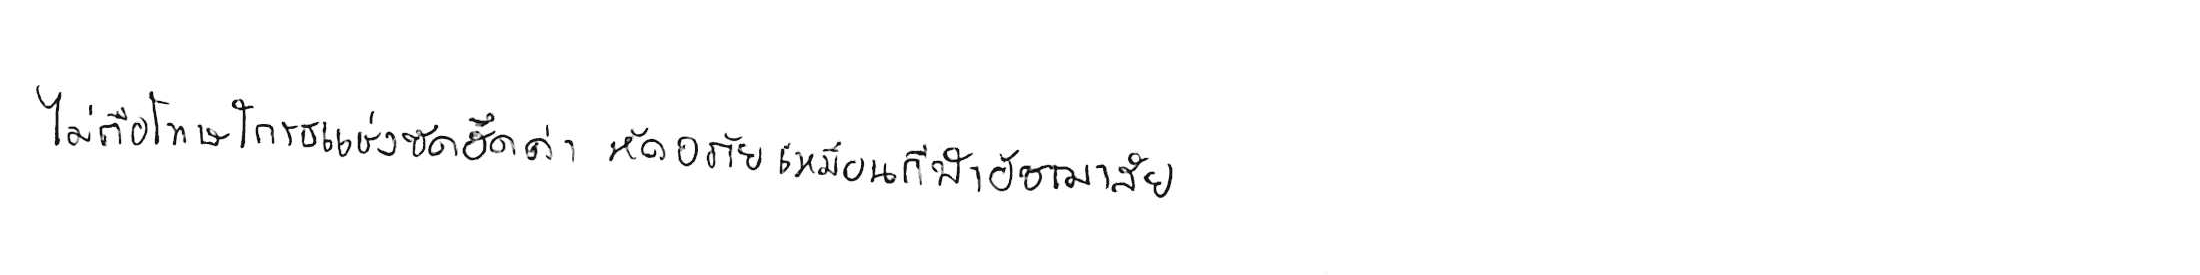
ไม่ถือโทษโกรธแช่งซัดฮึดฮัดด่า หัดอภัยเหมือนกีฬาอัชฌาสัย